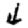
Digit: 4